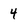
Character: 4